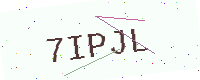
Text: 7IPJL